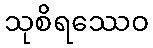
သုစိရဿေဝ